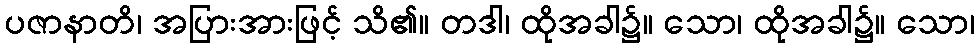
ပဇာနာတိ၊ အပြားအားဖြင့် သိ၏။ တဒါ၊ ထိုအခါ၌။ သော၊ ထိုအခါ၌။ သော၊